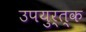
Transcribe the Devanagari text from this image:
उपयुर्त्क